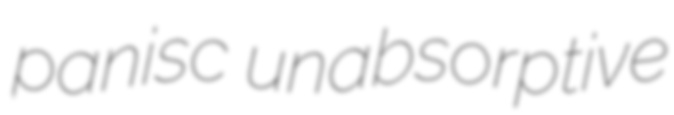
panisc unabsorptive